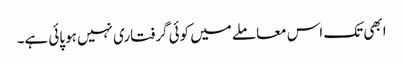
ابھی تک اس معاملے میں کوئی گرفتاری نہیں ہوپائی ہے۔